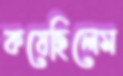
কষেছিলেম